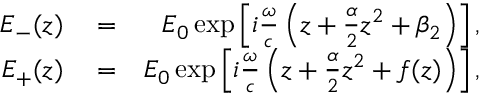
\begin{array} { r l r } { E _ { - } ( z ) } & { { } = } & { E _ { 0 } \exp \left[ i \frac { \omega } { c } \left( z + \frac { \alpha } { 2 } z ^ { 2 } + \beta _ { 2 } \right) \right] , } \\ { E _ { + } ( z ) } & { { } = } & { E _ { 0 } \exp \left[ i \frac { \omega } { c } \left( z + \frac { \alpha } { 2 } z ^ { 2 } + f ( z ) \right) \right] , } \end{array}